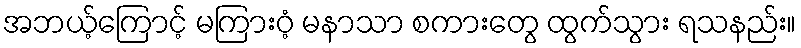
အဘယ့်ကြောင့် မကြားဝံ့ မနာသာ စကားတွေ ထွက်သွား ရသနည်း။